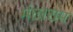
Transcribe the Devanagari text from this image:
मंछाराम